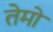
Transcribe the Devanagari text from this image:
तेमो